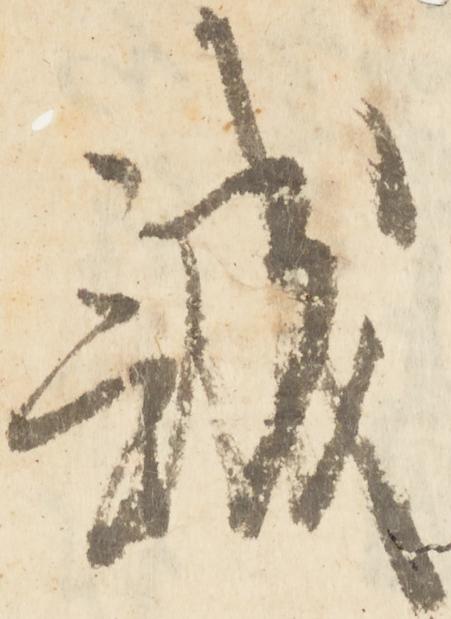
誠